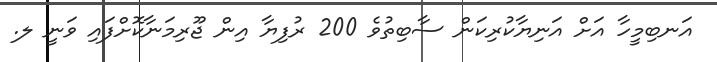
އަނބިމީހާ އަށް އަނިޔާކުރިކަން ސާބިތުވެ 200 ރުފިޔާ އިން ޖޫރިމަނާކޮށްފައި ވަނީ ލ.